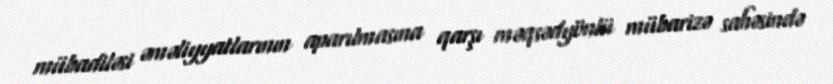
mübadiləsi əməliyyatlarının aparılmasına qarşı məqsədyönlü mübarizə sahəsində